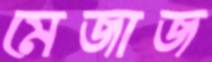
মেজাজ